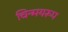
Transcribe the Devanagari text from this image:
चिन्मयरूप